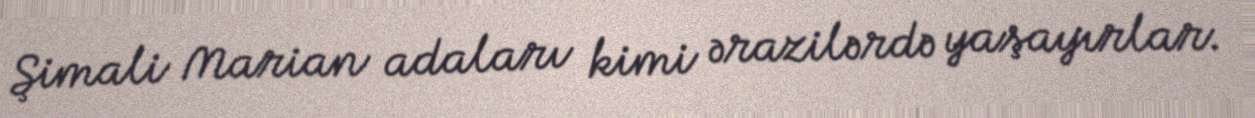
Şimali Marian adaları kimi ərazilərdə yaşayırlar.